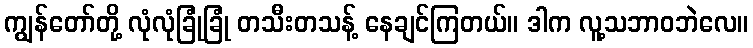
ကျွန်တော်တို့ လုံလုံခြုံခြုံ တသီးတသန့် နေချင်ကြတယ်။ ဒါက လူ့သဘာဝဘဲလေ။